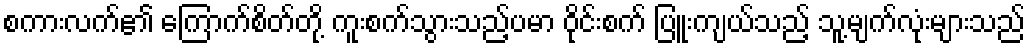
စကားလက်၏ ကြောက်စိတ်တို့ ကူးစက်သွားသည့်ပမာ ဝိုင်းစက် ပြူးကျယ်သည့် သူ့မျက်လုံးများသည်